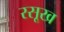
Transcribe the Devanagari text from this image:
रसूख